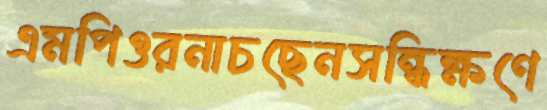
এমপিওরনাচছেনসন্ধিক্ষণে